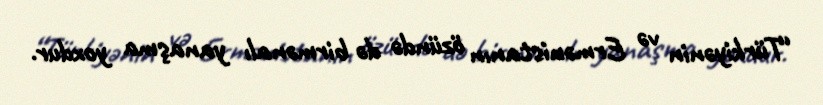
“Türkiyənin və Ermənistanın özündə də birmənalı yanaşma yoxdur.